Civil Veterinary Department Bihar & Orissa reports 1911-21 - 1911-1921
Year: 1911
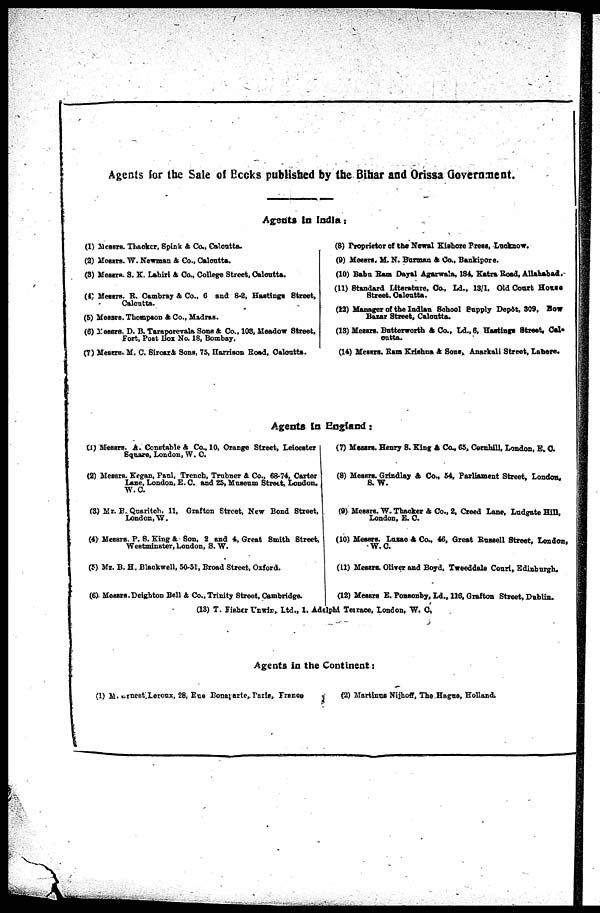
Agents for the Sale of Books published by the Bihar and Orissa Government.
Agents in India:
(1) Messrs. Thacker, Spink & Co., Calcutta.
(2) Messars. W. Newman ft Co., Calcutta.
(3) Messrs. S. K. Lahiri & Co., College Street, Calcutta.
(4) Messrs. R. Cambray & Co., 6 and 8-2, Hastings Street,
Calcutta.
(5) Messrs. Thompson & Co., Madras.
(6) Messrs. D. B. Taraporevala Sons & Co., 108, Meadow Street,
Fort, Post Box No. 18, Bombay.
(7) Messrs. M. C. Sircar & Sons, 75, Harrison Road, Calcutta.
(8) Proprietor of the Newal Kichore Press, Lucknow.
(9) Messrs. M. N. Barman & Co., Bankipore.
(10) Babu Ram Dayal Agarwala, 184. Katra Road, Allahabad.
(11) Standard Literature, Co., Ld., 13/1, Old Court House
Street. Calcutta.
(13) Manager of the Indian School Supply Depôt, 309, Bow
Bazar Street, Calcutta.
(13) Messrs. Butterworth & Co., Ld., 6, Hastings Street, Cal-
cutta.
(14) Messrs. Ram Krishna ft Sons, Anarkali Street, Lahore.
Agents in England:
(1) Messrs. A. Constable & Co., 10, Orange Street, Leicester
Square, London, W. C.
(2) Messrs. Kegan, Paul, Trench, Trubner & Co., 68-74, Carter
Lane, London, E. C. and 25, Museum Street, London,
w.c
(3) Mr. B. Quaritch. 11, Grafton Street, New Bond Street,
London, W.
(4) Messrs. P. S. King & Son, 2 and 4, Great Smith Street,
Westminster, London, S. W.
(5) Mr. B. H. Blackwell, 50-51, Broad Street, Oxford.
(6) Messrs. Deighton Bell & Co., Trinity Street, Cambridge.
(7) Messrs. Henry 8. King & Co., 65, Cornhill, London, E. C.
(8) Messrs. Grindlay & Co., 54, Parliament Street, London.
S.W.
(9) Messrs. W. Thacker & Co., 2, Creed Lane, Ludgate Hill,
London, E. C.
(10) Messrs. Luraco & Co., 46, Great Russell Street, London,
W. C.
(11) Messrs. Oliver and Boyd, Tweeddala Court, Edinburgh,
(12) Messrs E. Ponsonby, Ld., 116, Grafton Street, Dublin,
(13) T. Fisher Uwrin, Ltd., 1. Adelphi Terrace, London, W. O.
Agents in the Continent:
(1) M. ernest Leroux, 28, Rue Bonaparte , Paris, France
(2) Martinus Nijhoff, The Hague, Holland.